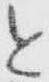
と